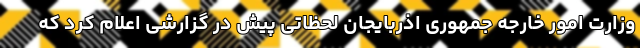
وزارت امور خارجه جمهوری اذربایجان لحظاتی پیش در گزارشی اعلام کرد که